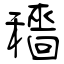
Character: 穡